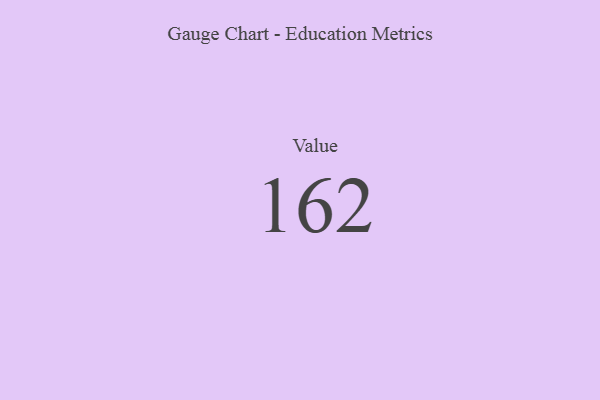
{"axis": {"x": "Metric", "y": "Value"}, "legend": [""], "data": [{"x": "Value", "y": 162, "type": ""}]}